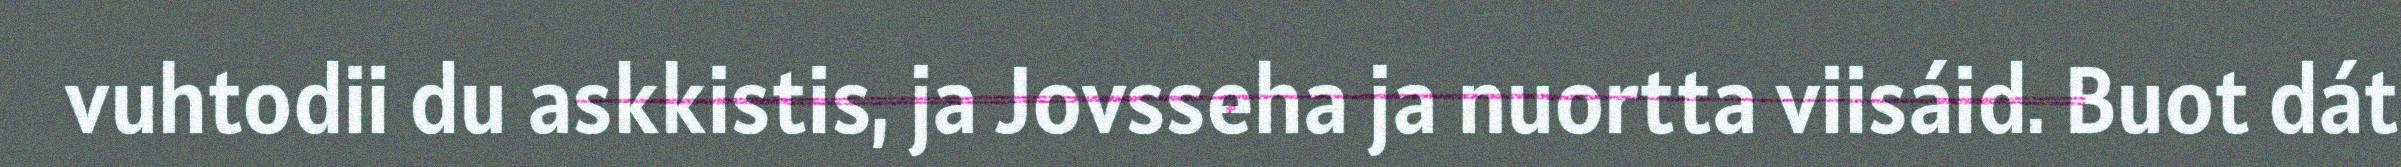
vuhtodii du askkistis, ja Jovsseha ja nuortta viisáid. Buot dát